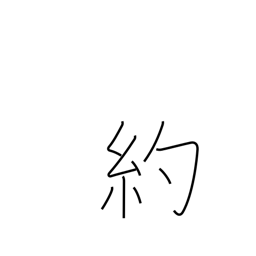
Meaning: promise